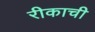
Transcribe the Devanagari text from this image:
रीकाची